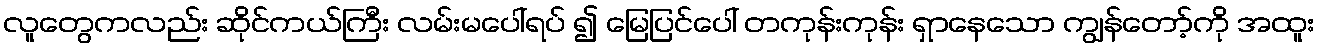
လူတွေကလည်း ဆိုင်ကယ်ကြီး လမ်းမပေါ်ရပ် ၍ မြေပြင်ပေါ် တကုန်းကုန်း ရှာနေသော ကျွန်တော့်ကို အထူး